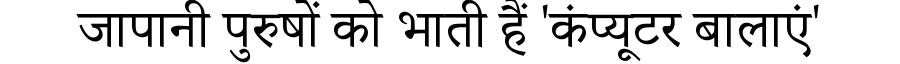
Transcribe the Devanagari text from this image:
जापानी पुरुषों को भाती हैं 'कंप्यूटर बालाएं'